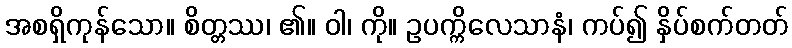
အစရှိကုန်သော။ စိတ္တဿ၊ ၏။ ဝါ၊ ကို။ ဥပက္ကိလေသာနံ၊ ကပ်၍ နှိပ်စက်တတ်